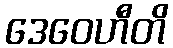
ဒေဝေဟီတိ